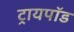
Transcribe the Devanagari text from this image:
ट्रायपाॅड